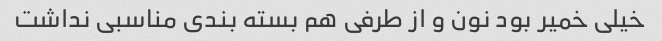
خیلی خمیر بود نون و از طرفی هم بسته بندی مناسبی نداشت